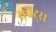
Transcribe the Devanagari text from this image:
सर्वैंट्स